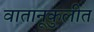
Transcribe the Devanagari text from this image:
वातानूकुलीत